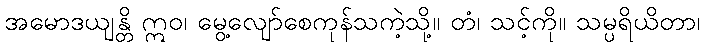
အမောဒယျန္တိ ဣဝ၊ မွေ့လျော်စေကုန်သကဲ့သို့။ တံ၊ သင့်ကို။ သမ္ပရိယိတာ၊